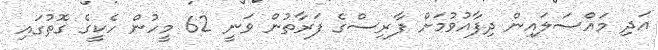
އަދި މައްސަލައިން ދިފާއުވުމަށް ފާރިސްގެ ފަރާތުން ވަނީ 62 މީހުން ހެކީގެ ގޮތުގައި